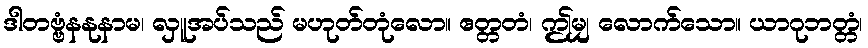
ဒါတဗ္ဗံနနုနာမ၊ လှူအပ်သည် မဟုတ်တုံလော။ ဧတ္တတံ၊ ဤမျှ လောက်သော။ ယာဂုဘတ္တံ၊